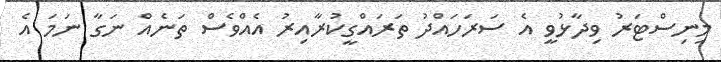
މިނިސްޓަރު ވިދާޅުވީ އެ ސަރަހައްދު ތަރައްގީކުރާއިރު އެއްވެސް ތަނެއް ނަގާ ނަމަ އެ